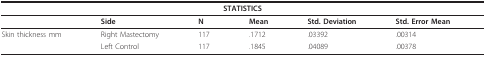
| <COLSPAN=6> STATISTICS |
 | --- | --- | --- | --- | --- | --- |
 |  | Side | N | Mean | Std. Deviation | Std. Error Mean |
 | Skin thickness mm | Right Mastectomy | 117 | .1712 | .03392 | .00314 |
 |  | Left Control | 117 | .1845 | .04089 | .00378 |